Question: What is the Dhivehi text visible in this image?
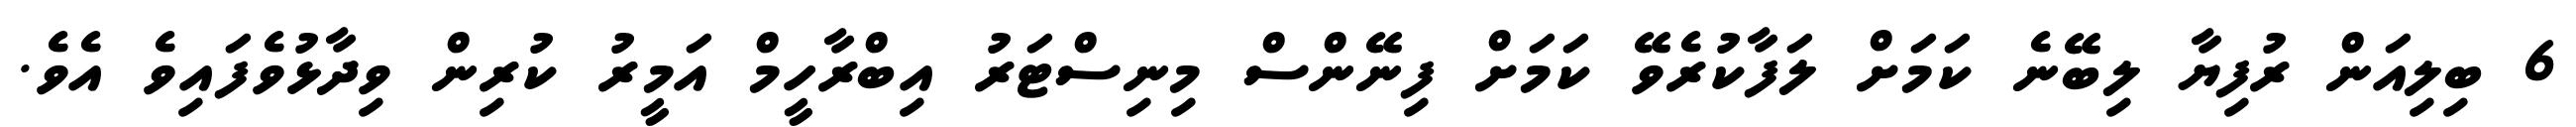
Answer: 6 ބިލިއަން ރުފިޔާ ލިބޭނެ ކަމަށް ލަފާކުރެވޭ ކަމަށް ފިނޭންސް މިނިސްޓަރު އިބްރާހީމް އަމީރު ކުރިން ވިދާޅުވެފައިވެ އެވެ.